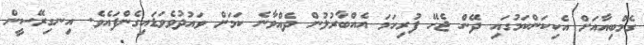
ގެމްބިއާއަށް އެކިކަންކަމުގައި ދޭން ޖެހޭ ފުރިހަމަ އެއްބާރުލުން ދެއްވާނެ ކަމަށް ވައުދުވެވަޑައިގެންފައެވެ. އިނގިރޭސީން